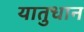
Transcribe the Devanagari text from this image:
यातुधान